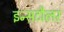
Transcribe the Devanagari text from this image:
इन्सटौलर